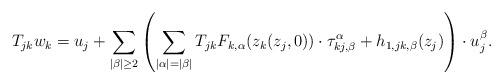
LaTeX: \begin{align*}T_{jk}w_k=u_j+\sum_{|\beta|\geq 2}\left(\sum_{|\alpha|=|\beta|}T_{jk}F_{k, \alpha}(z_k(z_j, 0))\cdot\tau_{kj, \beta}^\alpha+h_{1, jk, \beta}(z_j)\right)\cdot u_j^\beta. \end{align*}